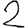
Digit: 2